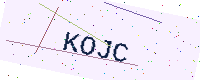
Text: KOJC